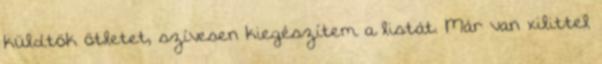
küldtök ötletet, szívesen kiegészítem a listát. Már van xilittel